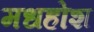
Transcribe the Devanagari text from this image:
मधहोश